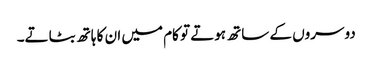
دوسروں کے ساتھ ہوتے تو کام میں ان کا ہاتھ بٹاتے۔